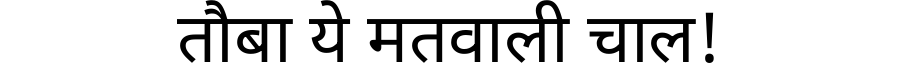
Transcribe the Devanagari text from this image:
तौबा ये मतवाली चाल!